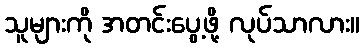
သူများကို အတင်းပွေ့ဖို့ လုပ်သာလား။